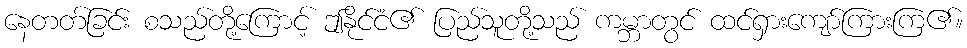
နေတတ်ခြင်း စသည်တို့ကြောင့် ဤနိုင်ငံ၏ ပြည်သူတို့သည် ကမ္ဘာတွင် ထင်ရှားကျော်ကြားကြ၏။